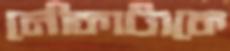
নৌকাটাকে